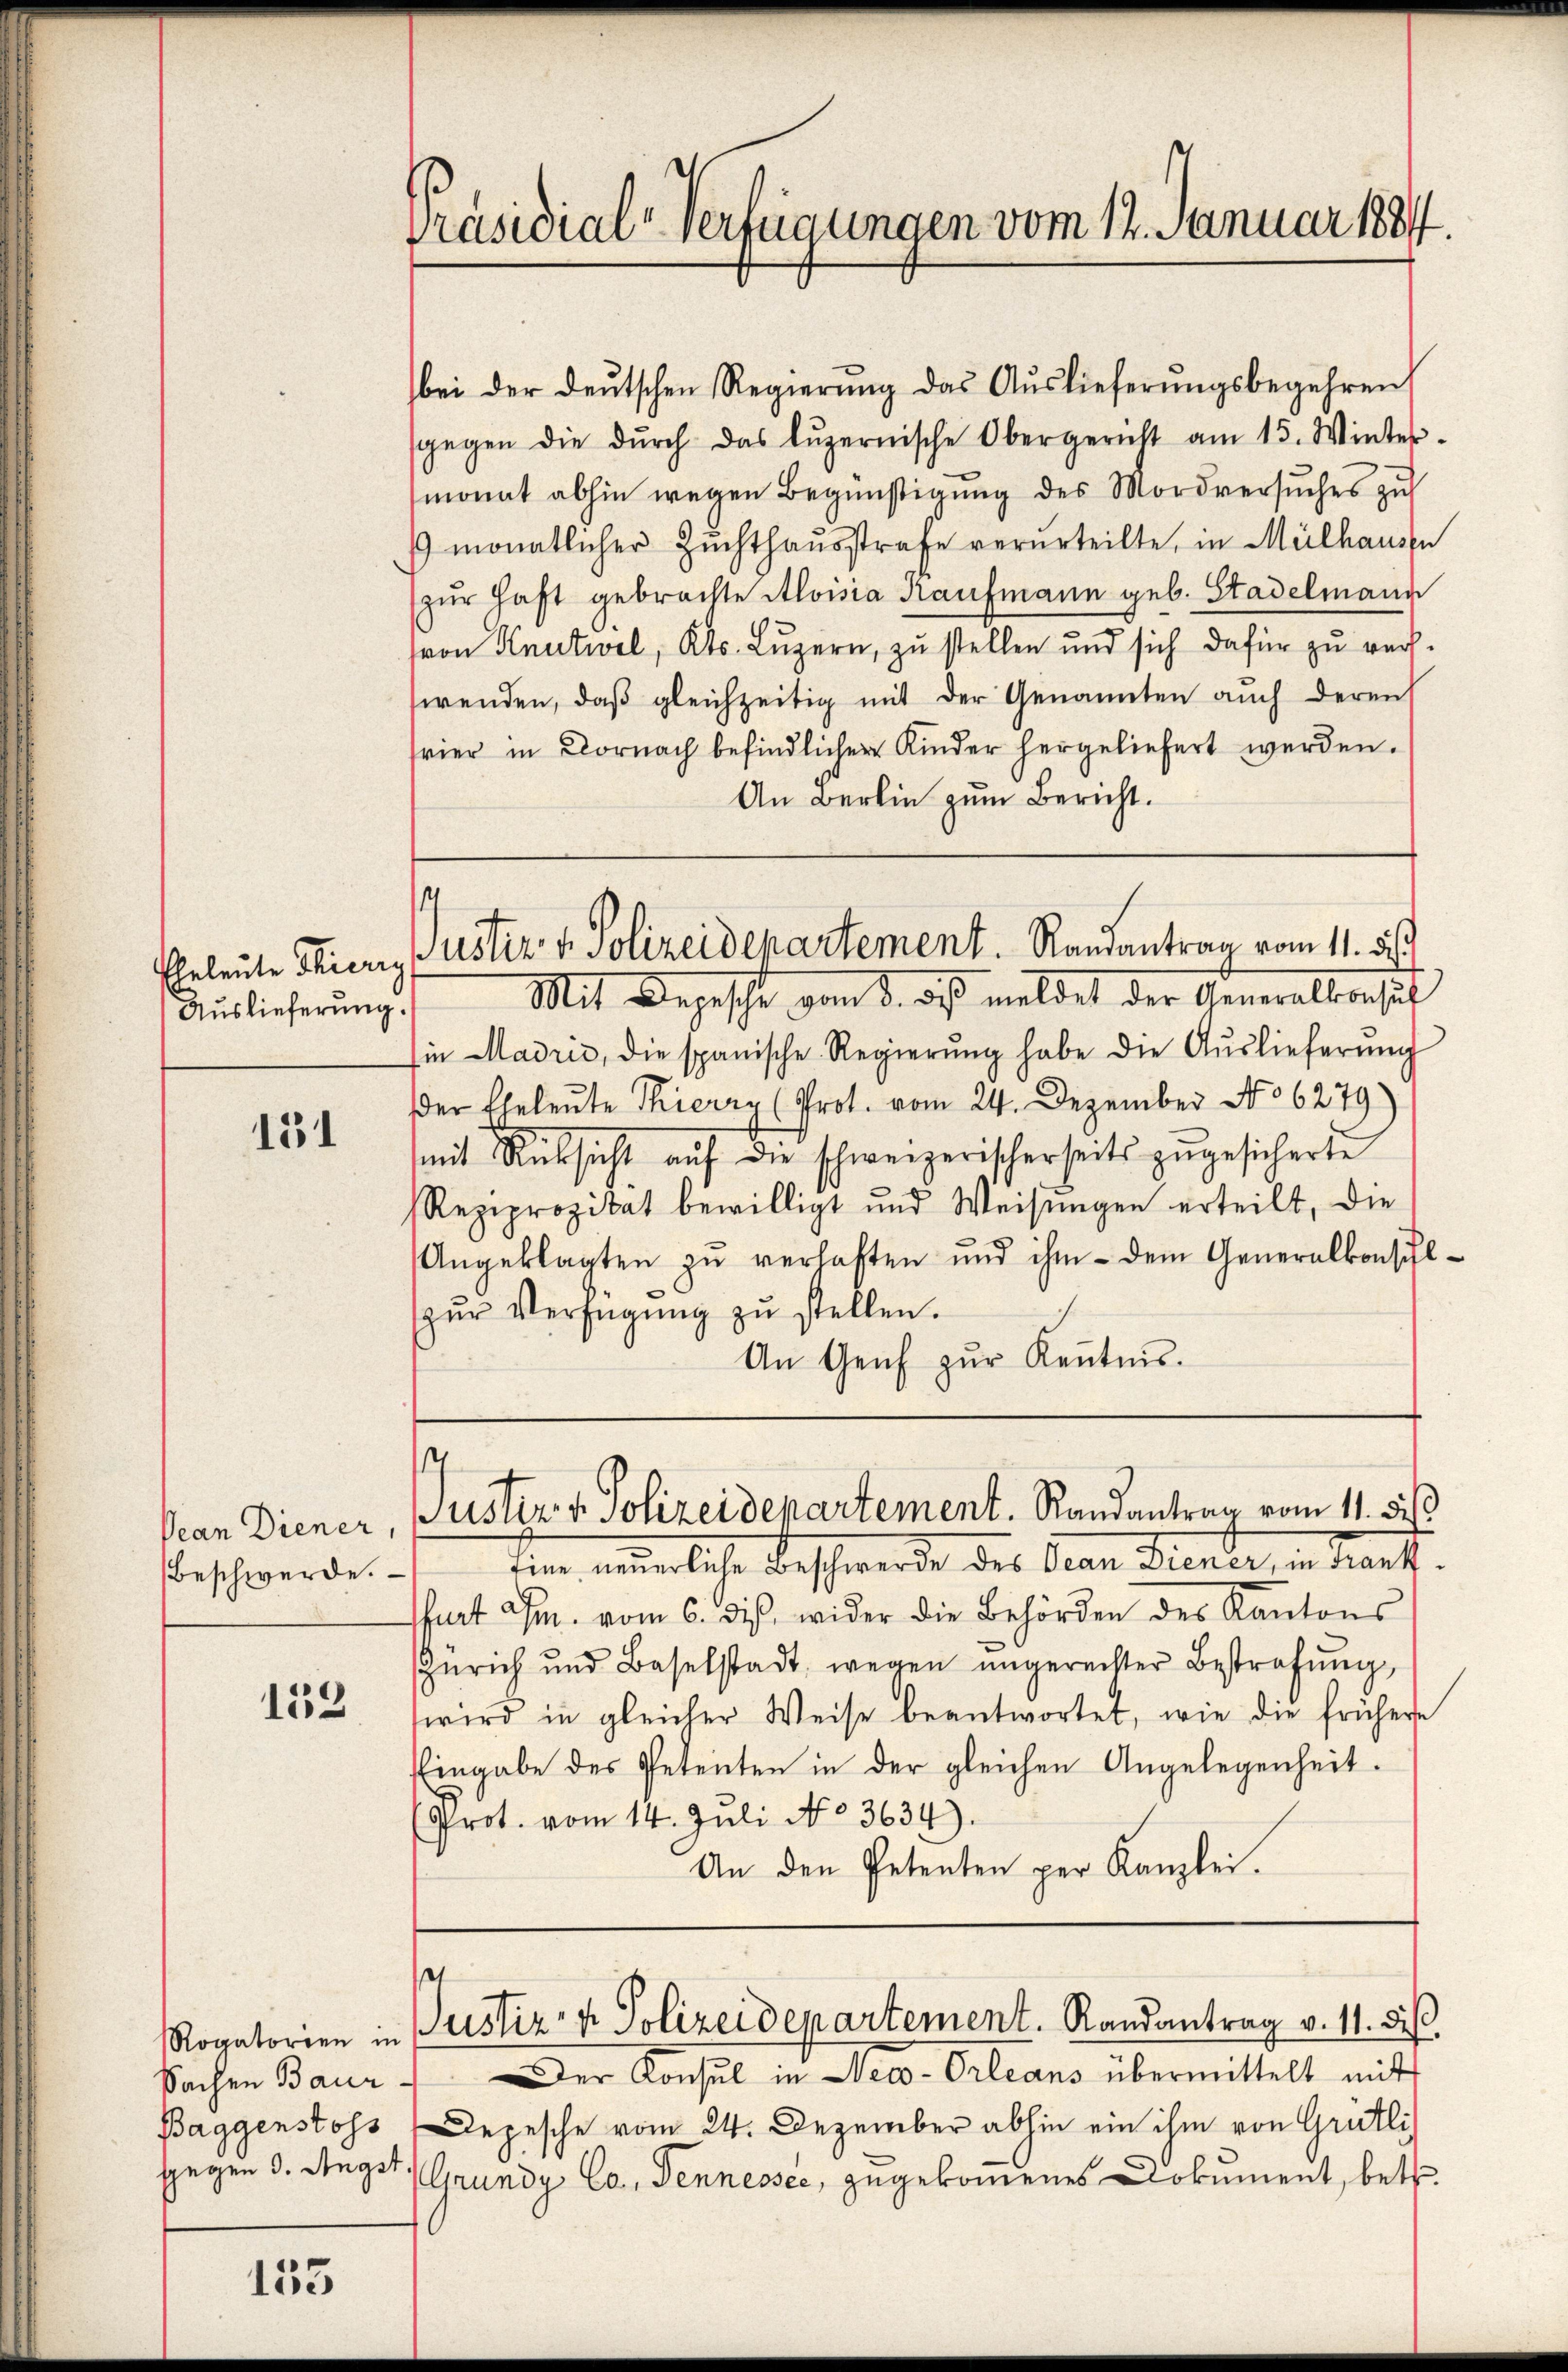
Eheleute Thierig
Auslieferung.

151

Vean Diener,
Beschwerde.

152

Sachen Baur
Baggenstoss

135

Präsidial-Verfügungen vom 12. Januar 188

bei der deŭtschen Regierŭng das Aŭslieferŭngsbegehren
gegen die dŭrch das Lŭzernische Obergericht am 15. Winter-
monat abhin wegen Begünstigung des Mordversuches zu
 monatlicher Zuchthausstrafe verurteilte, in Mülhausen
zur Haft gebrachte Aloisia Kaufmann geb. Stadelmann
von Knutwel, Kts. Luzern, zu stellen und sich dafür zu rechwenden, daß gleichzeitig mit der Genannten auch deren
vier in Dornach befindlicher Kinder hergeliefert werden.
An Berlin zum Bericht.
1
Justiz & Polizeidepartement. Randantrag vom 11. 5
Mit Depesche vom 8. des meldet der Generalkonsul
in Madrić, die spanische Regierŭng habe die Aŭslieferŭng
der Eheleute Thierry (Prot. vom 24. Dezember No 6279)
mit Rücksicht auf die schweizerischerseits zugesicherte
Reziprozitat bewilligt und Weisŭngen erteilt, die
Angeklagten zŭ verhaften und ihm - dem Generalkonsulzur Verfügung zu stellen.
An Genf zŭr Kenntnis.

tin, annerliche Beschwerde des San Diener, in dankt.
fart am vom 6. ds. wider die Behörden des Kantons
Zürich und Baselstadt wegen ŭngerechter Bestrafŭng
wird in gleicher Weise beantwortet, wie die frühere
Eingabe des Petenten in der gleichen Angelegenheit.
Prot. vom 14. Juli No 3634).
An den Petenten per Kanzlei.

Der Konsul in Neco-Orleans übermittelt mit
Depesche vom 24. Dezember abhin ein ihm von Grütli
sgegen 3. Angst Grundy Co. Jennesser, zugekommenes Dokument, betr.

1
Justiz v. Polizeidepartement. Randantrag vom 11. des

t
Rogatorien in Justiz- & Polizeidepartement. Randantrag v. 11. des